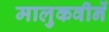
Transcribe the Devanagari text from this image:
मालुकवीनें